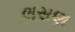
લસણ